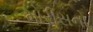
મોરીસનો